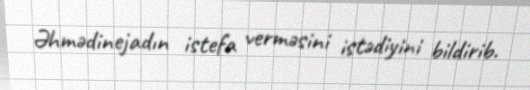
Əhmədinejadın istefa verməsini istədiyini bildirib.